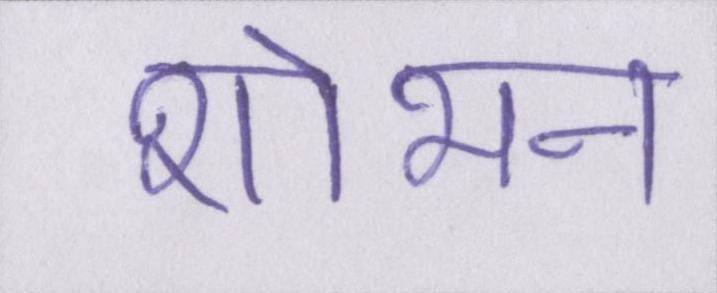
शोभन